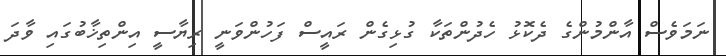
ނަމަވެސް އާންމުންގެ ދެކޮޅު ހެދުންތަކާ ގުޅިގެން ރައީސް ފަހުންވަނީ ރިޔާސީ އިންތިޚާބުގައި ވާދަ